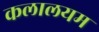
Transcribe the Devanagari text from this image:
कलालयम